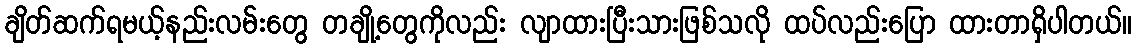
ချိတ်ဆက်ရမယ့်နည်းလမ်းတွေ တချို့တွေကိုလည်း လျာထားပြီးသားဖြစ်သလို ထပ်လည်းပြော ထားတာရှိပါတယ်။